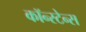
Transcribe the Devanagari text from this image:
कॉन्स्टेन्स